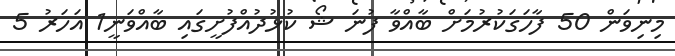
މިނިވަން 50 ފާހަގަކުރުމަށް ބާއްވާ ފުނަ ޝޯ ކުޅުދުއްފުށީގައި ބާއްވަނީ1 އަހަރު 5